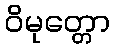
ဝိမုတ္တော